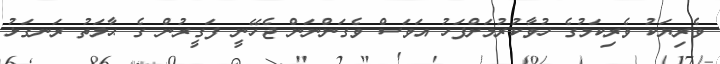
ވެރިޔަކު ވެރިކަމުގެ ހުވާކުރުމަށްފަހު އަވަސް ވެގަންނަން ޖެހޭނީ ފަގީރުން ގެ ޙާލަތު ރަނގަޅު